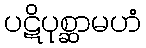
ပဋိပုစ္ဆာမဟံ